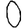
Digit: 0